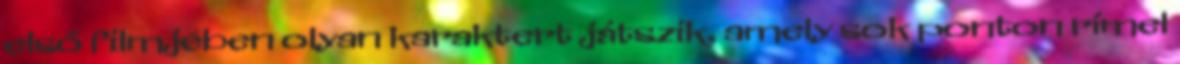
első filmjében olyan karaktert játszik, amely sok ponton rímel